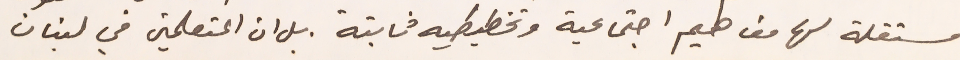
مستقلة لها مفاهيم اجتماعية وتخطيطيه ثابتة بل ان المتعلمين في لبنان